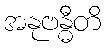
အနုဗန္ဓီတိ